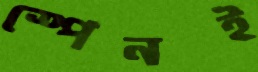
স্পেনই